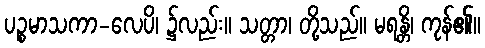
ပဉ္စမာသကာ-လေပိ၊ ၌လည်း။ သတ္တာ၊ တို့သည်။ မရန္တိ၊ ကုန်၏။